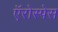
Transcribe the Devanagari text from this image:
ऍरोस्पेस